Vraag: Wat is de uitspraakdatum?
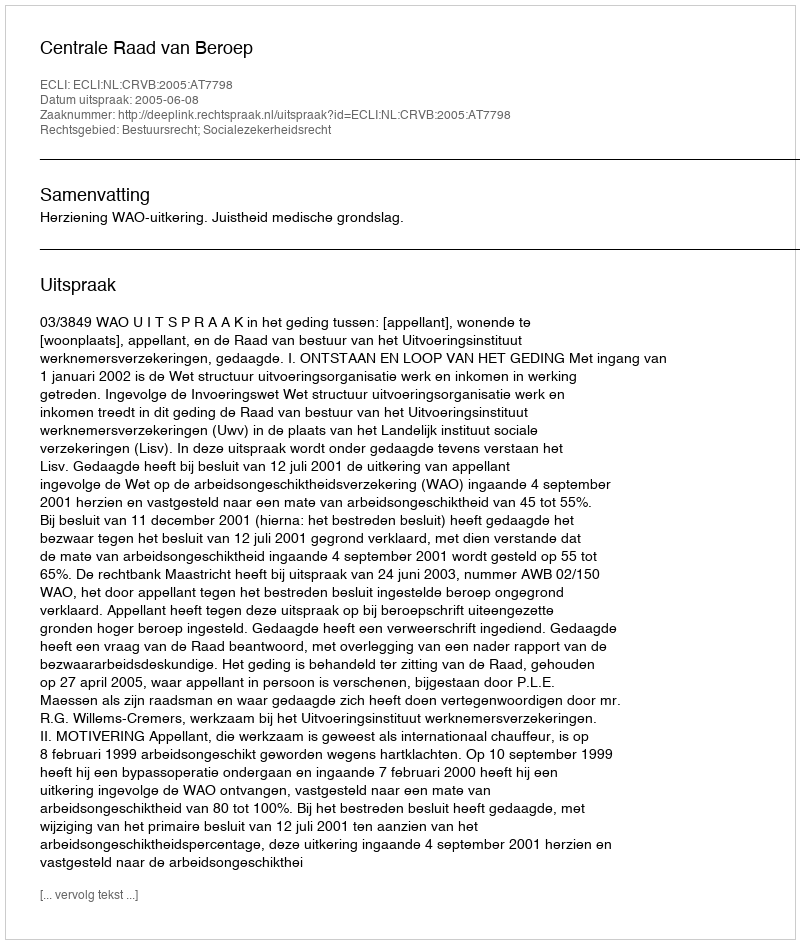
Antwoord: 2005-06-08